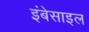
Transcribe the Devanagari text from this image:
इंबेसाइल